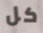
كل